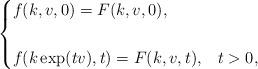
LaTeX: \begin{align*}\begin{cases}f(k, v, 0) = F(k, v, 0),\\ &\\f(k\exp(tv), t) = F(k, v, t), & t > 0, \end{cases}\end{align*}